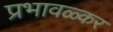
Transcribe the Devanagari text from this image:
प्रभावळ्कर